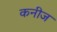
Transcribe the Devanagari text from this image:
कनीज